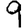
Digit: 9